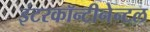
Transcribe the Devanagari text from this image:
इंटरकॉन्टीनेन्टल